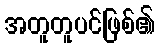
အတူတူပင်ဖြစ်၏